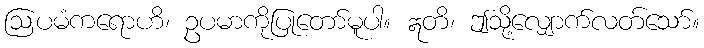
ဩပမံကရောဟိ၊ ဥပမာကိုပြုတော်မူပါ။ ဣတိ၊ ဤသို့လျှောက်လတ်သော်။